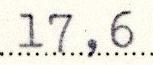
17,6